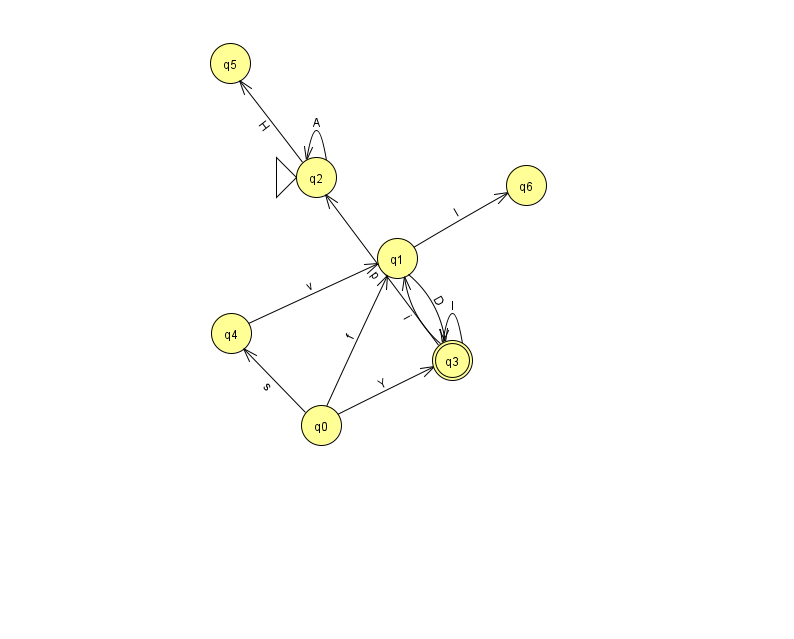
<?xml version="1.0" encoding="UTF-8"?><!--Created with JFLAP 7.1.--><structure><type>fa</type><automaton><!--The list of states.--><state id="0" name="q0"><x>321.0</x><y>412.0</y></state><state id="1" name="q1"><x>397.0</x><y>245.0</y></state><state id="2" name="q2"><x>316.0</x><y>164.0</y><initial/></state><state id="3" name="q3"><x>452.0</x><y>347.0</y><final/></state><state id="4" name="q4"><x>231.0</x><y>320.0</y></state><state id="5" name="q5"><x>230.0</x><y>50.0</y></state><state id="6" name="q6"><x>526.0</x><y>172.0</y></state><!--The list of transitions.--><transition><from>0</from><to>3</to><read>Y</read></transition><transition><from>1</from><to>3</to><read>D</read></transition><transition><from>2</from><to>2</to><read>A</read></transition><transition><from>1</from><to>6</to><read>l</read></transition><transition><from>0</from><to>4</to><read>s</read></transition><transition><from>2</from><to>5</to><read>H</read></transition><transition><from>0</from><to>1</to><read>f</read></transition><transition><from>3</from><to>1</to><read>i</read></transition><transition><from>3</from><to>3</to><read>l</read></transition><transition><from>3</from><to>2</to><read>p</read></transition><transition><from>4</from><to>1</to><read>v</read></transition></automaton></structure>